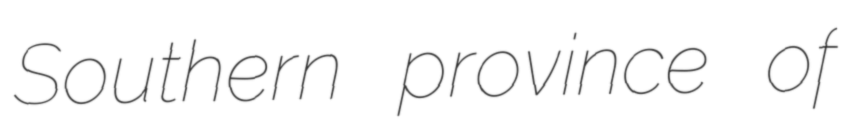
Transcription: Southern province of